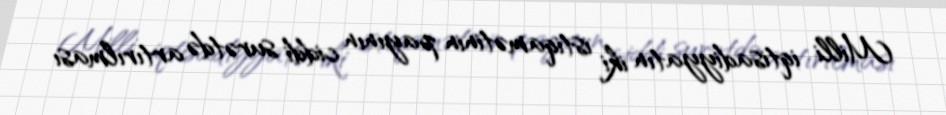
Milli iqtisadiyyatın iki istiqamətinin payının ciddi surətdə artırılması